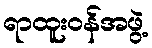
ရာထူးဝန်အဖွဲ့